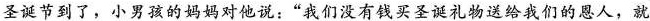
圣诞节到了，小男孩的妈妈对他说：”我们没有钱买圣诞礼物送给我们的恩人，就